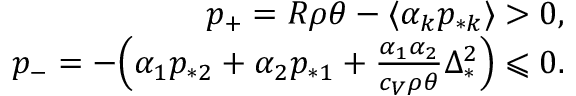
\begin{array} { r } { \begin{array} { r } { p _ { + } = R \rho \theta - \langle \alpha _ { k } p _ { * k } \rangle > 0 , } \\ { p _ { - } = - \Big ( \alpha _ { 1 } p _ { * 2 } + \alpha _ { 2 } p _ { * 1 } + \frac { \alpha _ { 1 } \alpha _ { 2 } } { c _ { V } \rho \theta } \Delta _ { * } ^ { 2 } \Big ) \leqslant 0 . } \end{array} } \end{array}